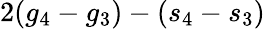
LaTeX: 2(g_{4}-g_{3})-(s_{4}-s_{3})